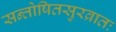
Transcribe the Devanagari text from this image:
सन्तोषितसुरव्रातः